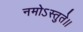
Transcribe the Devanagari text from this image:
नमोऽस्तुते।।